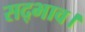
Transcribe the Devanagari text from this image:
सद्भाव।